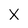
Character: x